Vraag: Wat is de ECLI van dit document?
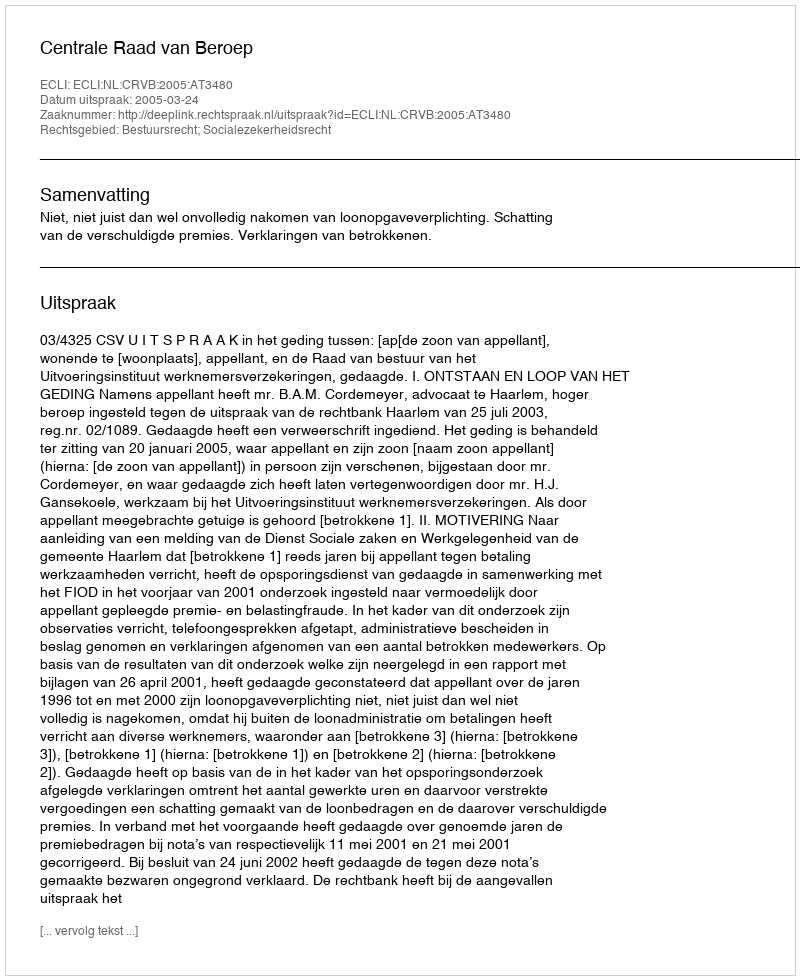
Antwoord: ECLI:NL:CRVB:2005:AT3480